Bréfritari: Stefanía Siggeirsdóttir
Viðtakandi: Páll Pálsson
Dagsetning: A-1872-07-05
Skrifað á: Hraungerði  Árn.
Stefanía var bróðurdóttir Páls Pálssonar

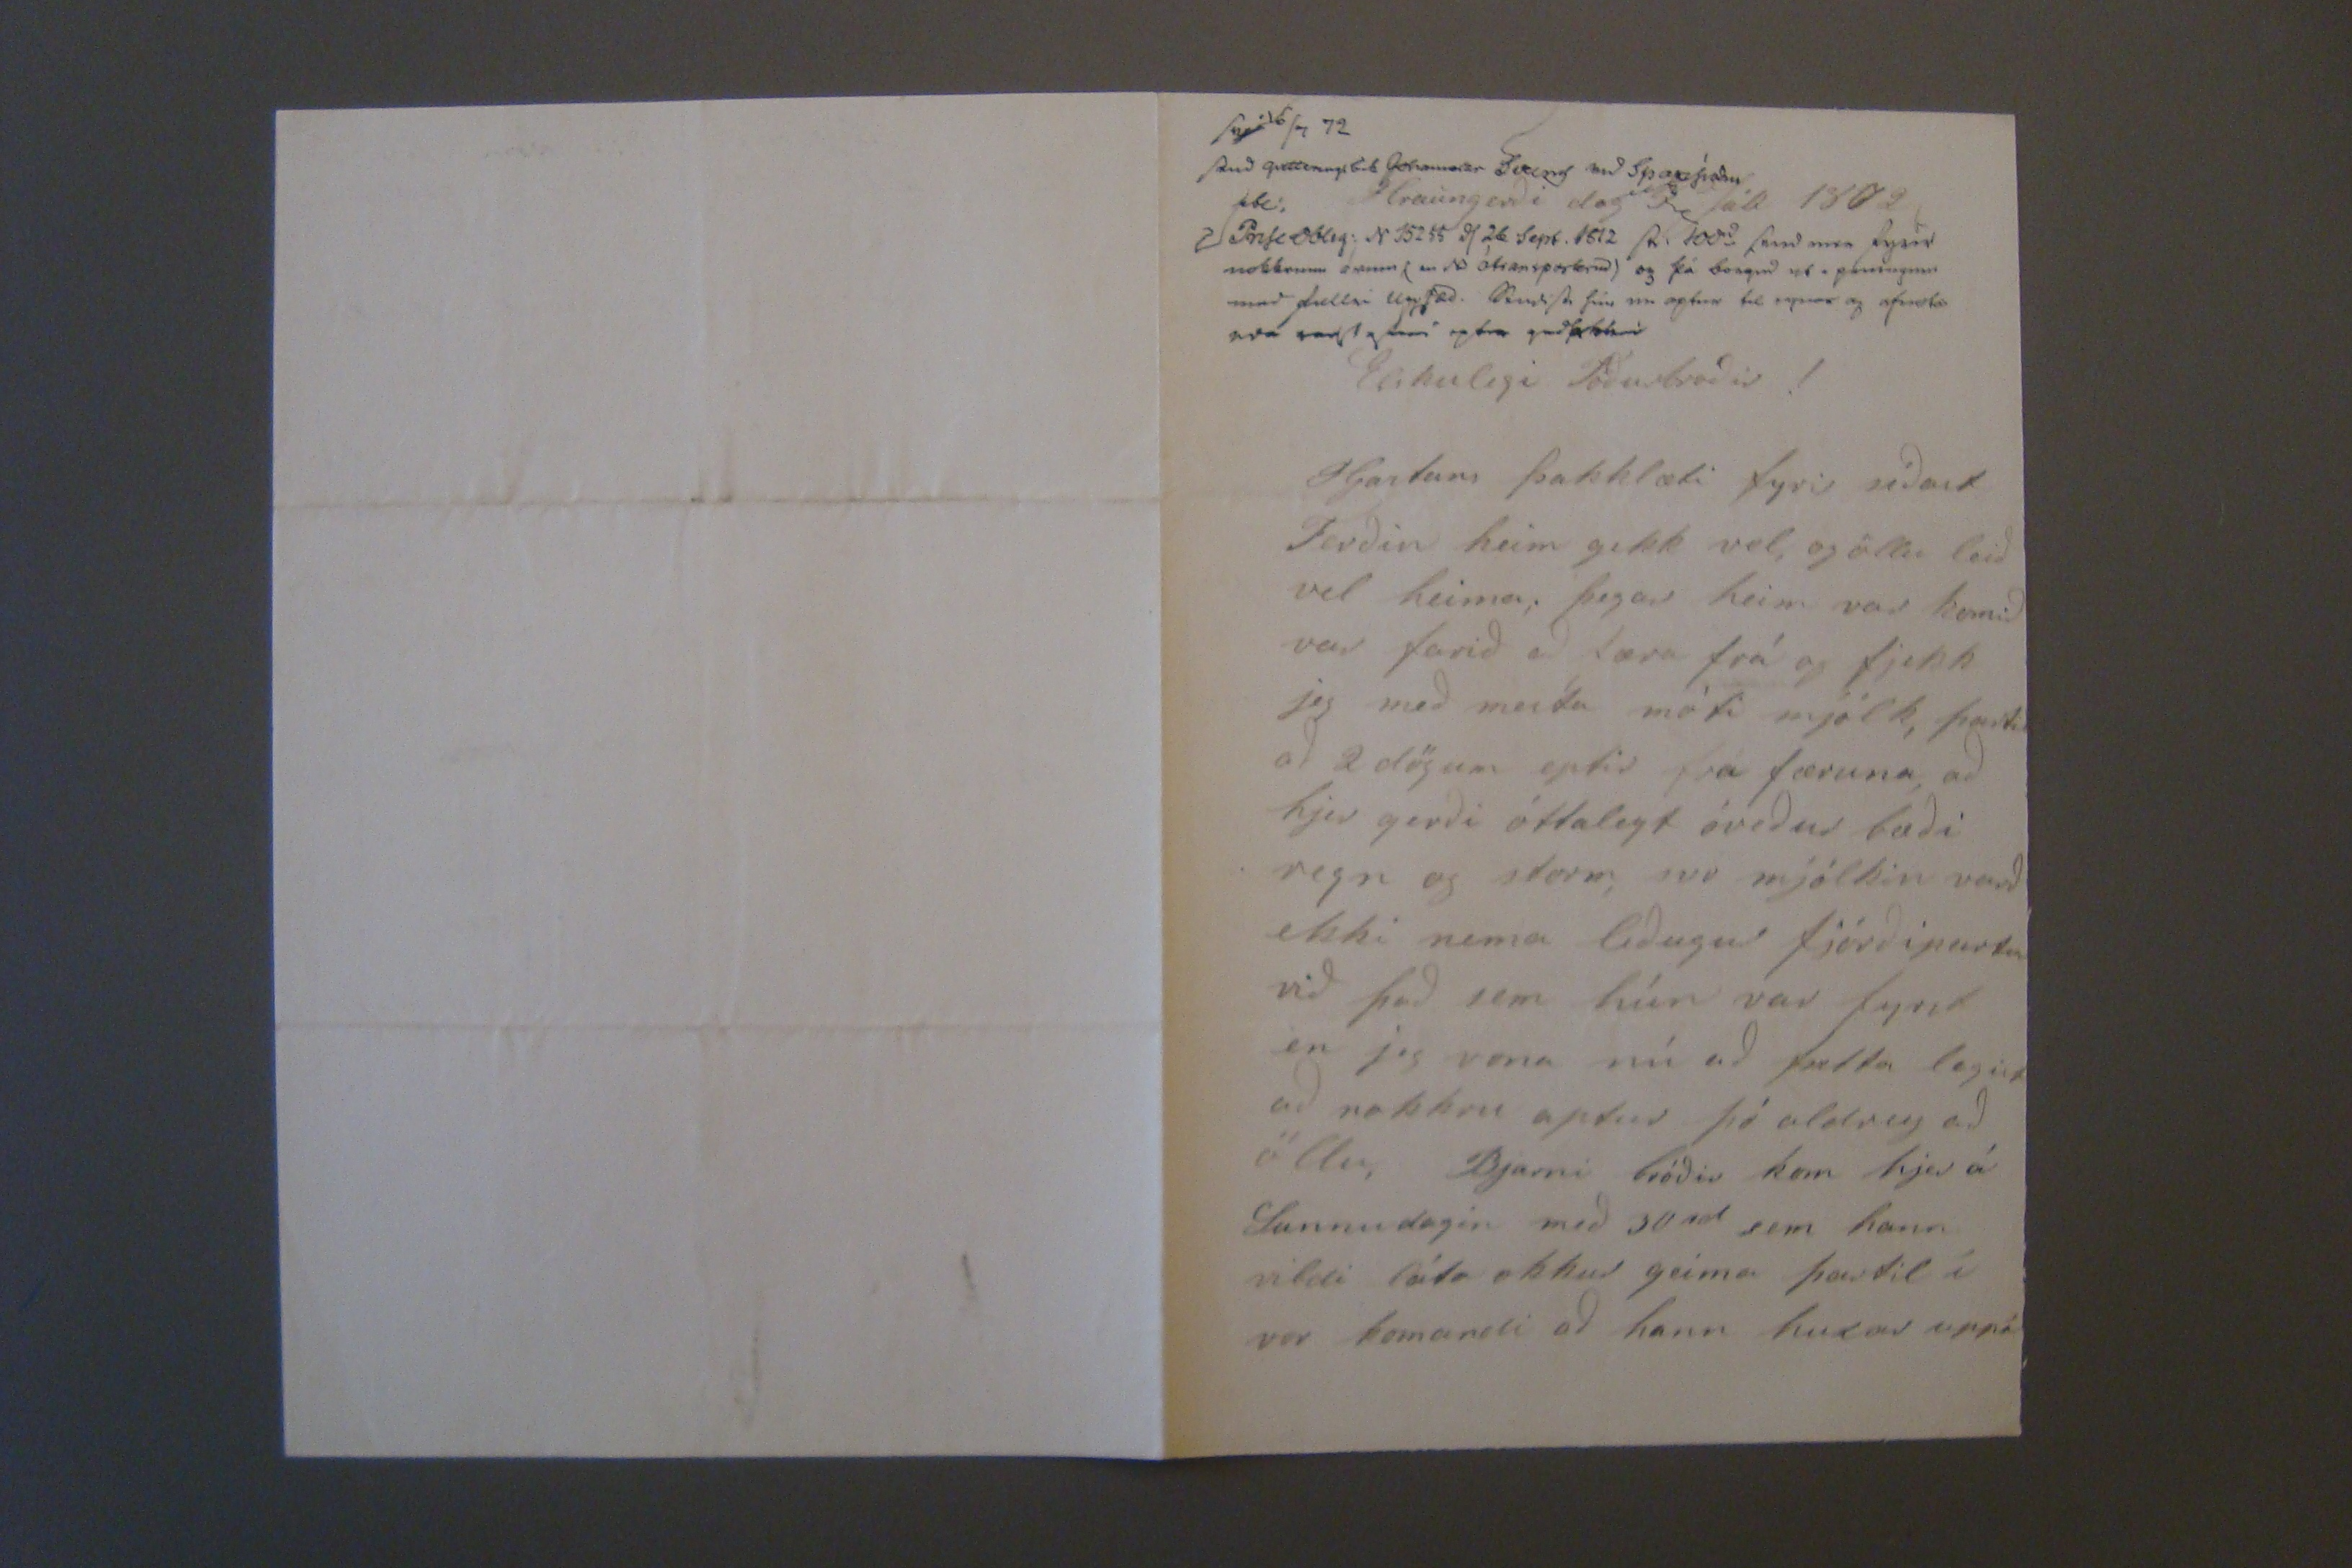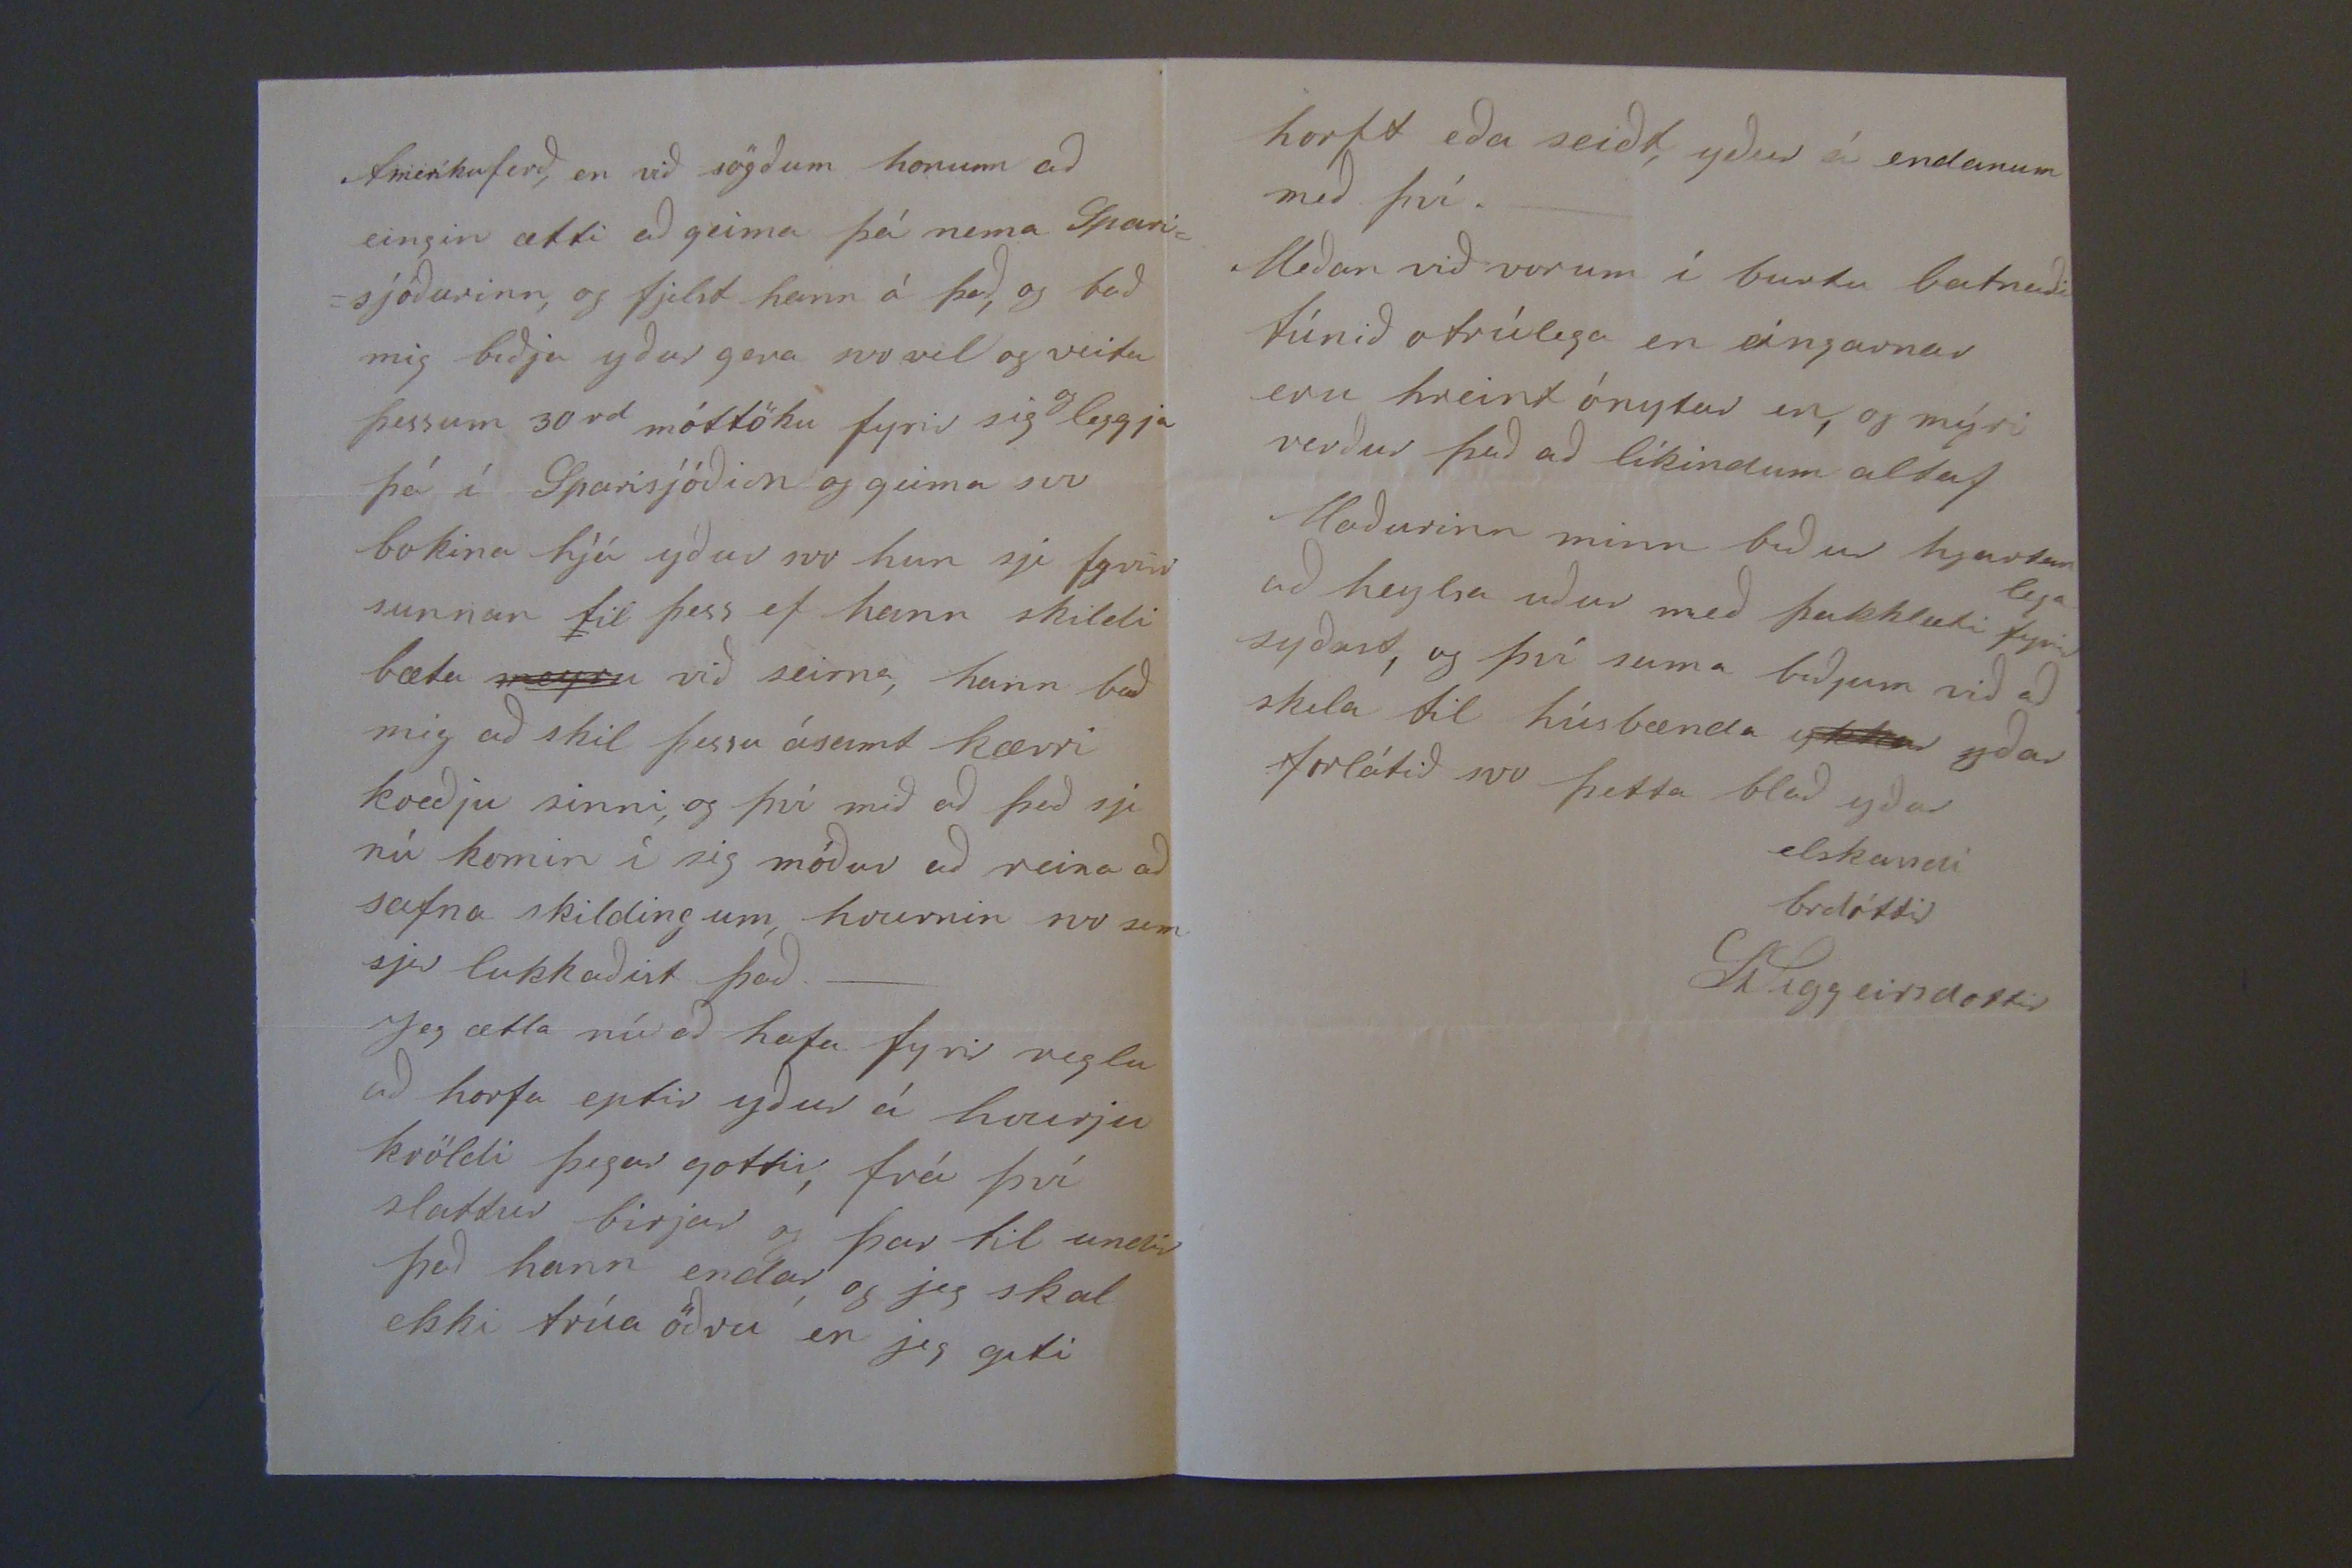

sv 16/7 72
send qv0tt0000 000 Johannesar Sveein0 med Sparfiadu 0bl: Priseoblig: N 15255 00 26 Sept. 1812 s0. 100rd send 000 fyrir nokkrum árum( m0 áfra0spork00) og þá borgun 00 peningum med f00llri upphæd. Send0 þín 00 aptur til 00pnar og afnota 000 000 0000 00000
Hraungerði dag 5 Júli 1872
Elskulegi Föðurbroðir!
Hjartans þakklæti fyrir síðast Ferðin heim gekk vel, og öllu leið vel heima, þegar heim var komið var farið að færa frá og fjekk jeg með mesta móti mjólk, þartil að 2 dögum eptir frá færuna, að hjer gerði óttalegt óveður bæði regn og storm, svo mjólkin varð ekki nema liðugur fjórði partur við það sem hún var fyrst en jeg vona nú að þetta legist að nokkru aptur þó aldrey að öllu, Bjarni bróðir kom hjer á Sunnudagin með 30 rd sem hann vildi láta okkur geima þartil í vor komandi að hann huxar uppá
Ameríkuferð, en við sögðum honum að eingin ætti að geima þá nema Spari= =sjóðurinn, og fjelst hann á það, og bað mig biðja yður gera svo vel og veita þessum 30
rd
móttöku fyrir sig
og
leggja þá í Sparistjóðin og geima svo bokina hjá yður svo han sje fyrir sunnan til þess ef hann skildi bæta
meyru
við seirna, hann bað mig að skil þessu ásamt kærri kveðju sinni, og því mið að það sje nú komin í sig móður að reina að safna skildingum hvurnin svo sem sjer lukkaðist það._ Jeg ætla nú að hafa fyrir reglu að horfa eptir yður á hvurju kvöldi þegar gottir, frá því slattur birjar og þar til undir það hann endar, og jeg skal ekki trúa öðru en jeg geti
horft eða seiðt, yður á endanum með því._ Meðan við vorum í burtu batnaði túnið otrúlega en eingarnar eru hreint ónytar en, og mýri verður það að líkindum altaf Maðurinn minn biður hjartanlega að heylsa uður með þakklæti fyrir syðast, og því suma biðjum við að skila til húsbænda
ykkar
yðar forlátið svo þetta blað yðar elskandi brdóttir
StSiggeirsdottir